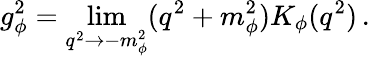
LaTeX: g_{\phi}^{2}=\operatorname*{lim}_{q^{2}\rightarrow-m_{\phi}^{2}}(q^{2}+m_{\phi}^{2})K_{\phi}(q^{2})\, .